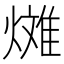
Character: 𪹰